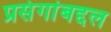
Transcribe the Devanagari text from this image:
प्रसंगांबद्दल